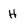
Character: H